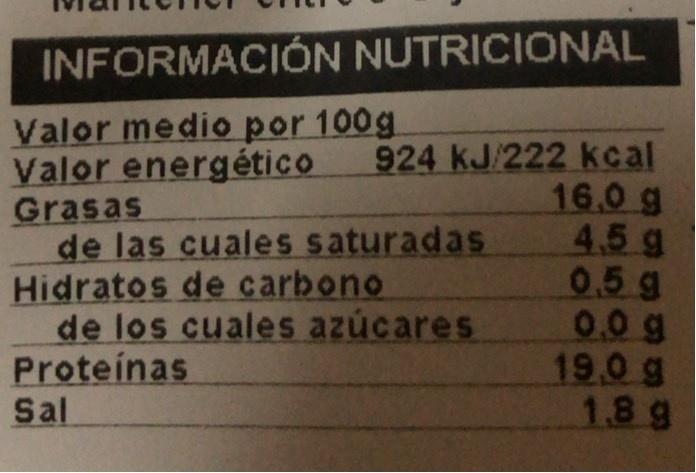
INFORMACIÓN NUTRICIONAL
Valor medio por 100g Valor energético Grasas de las cuales saturadas Hidratos de carbono de los cuales azúcares Proteínas Sal
924 kJ/222 kcal 16.0 g 4.5 g 0.5g 0.0 g 19,0 g 1.8g